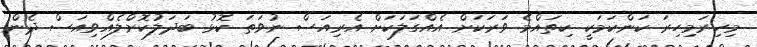
މިހިރަމިހިރަ ކަންކަމަކީ ކިތައްމެ ވަރަކަށް އެއްގަލަކަށް އެރިއަސް ނުވަތަ ކޮޅު ބަދަލުކޮށްލެއްވިއަސް ދެން